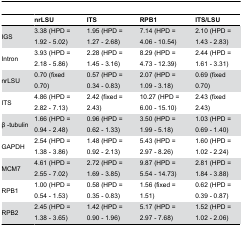
<table><thead><tr><td></td><td><b>nrLSU</b></td><td><b>ITS</b></td><td><b>RPB1</b></td><td><b>ITS/LSU</b></td></tr></thead><tbody><tr><td>IGS</td><td>3.38 (HPD = 1.92 - 5.02)</td><td>1.95 (HPD = 1.27 - 2.68)</td><td>7.14 (HPD = 4.06 - 10.54)</td><td>2.10 (HPD = 1.43 - 2.83)</td></tr><tr><td>Intron</td><td>3.93 (HPD = 2.18 - 5.86)</td><td>2.28 (HPD = 1.45 - 3.16)</td><td>8.29 (HPD = 4.73 - 12.39)</td><td>2.44 (HPD = 1.61 - 3.31)</td></tr><tr><td>nrLSU</td><td>0.70 (fixed 0.70)</td><td>0.57 (HPD = 0.34 - 0.83)</td><td>2.07 (HPD = 1.09 - 3.18)</td><td>0.69 (fixed 0.70)</td></tr><tr><td>ITS</td><td>4.86 (HPD = 2.82 - 7.13)</td><td>2.42 (fixed = 2.43)</td><td>10.27 (HPD = 6.00 - 15.10)</td><td>2.43 (fixed 2.43)</td></tr><tr><td>β -tubulin</td><td>1.66 (HPD = 0.94 - 2.48)</td><td>0.96 (HPD = 0.62 - 1.33)</td><td>3.50 (HPD = 1.99 - 5.18)</td><td>1.03 (HPD = 0.69 - 1.40)</td></tr><tr><td>GAPDH</td><td>2.54 (HPD = 1.38 - 3.86)</td><td>1.48 (HPD = 0.92 - 2.13)</td><td>5.43 (HPD = 2.97 - 8.26)</td><td>1.60 (HPD = 1.02 - 2.24)</td></tr><tr><td>MCM7</td><td>4.61 (HPD = 2.55 - 7.02)</td><td>2.72 (HPD = 1.69 - 3.85)</td><td>9.87 (HPD = 5.54 - 14.73)</td><td>2.81 (HPD = 1.84 - 3.88)</td></tr><tr><td>RPB1</td><td>1.00 (HPD = 0.54 - 1.53)</td><td>0.58 (HPD = 0.35 - 0.83)</td><td>1.56 (fixed = 1.51)</td><td>0.62 (HPD = 0.39 - 0.87)</td></tr><tr><td>RPB2</td><td>2.45 (HPD = 1.38 - 3.65)</td><td>1.42 (HPD = 0.90 - 1.96)</td><td>5.17 (HPD = 2.97 - 7.68)</td><td>1.52 (HPD = 1.02 - 2.06)</td></tr></tbody></table>